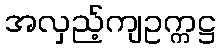
အလှည့်ကျဥက္ကဋ္ဌ